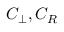
C _ { \perp } , C _ { R }